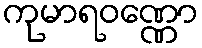
ကုမာရဝဏ္ဏော